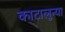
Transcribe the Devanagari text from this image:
काटालुन्या